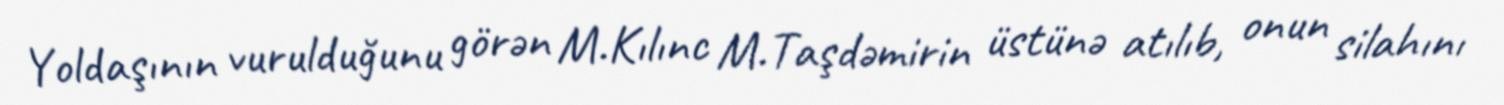
Yoldaşının vurulduğunu görən M.Kılınc M.Taşdəmirin üstünə atılıb, onun silahını